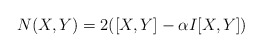
\begin{align*}N(X,Y)=2([X,Y]-\alpha I[X,Y]) \end{align*}